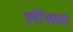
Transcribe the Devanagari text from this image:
इवेंग्लिकल